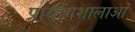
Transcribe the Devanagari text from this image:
प्रायोगशालाओं